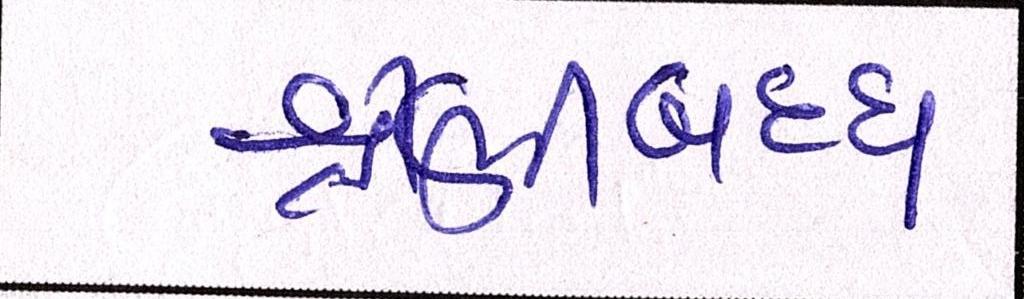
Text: શ્રેણીબધ્ધ